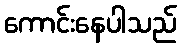
ကောင်းနေပါသည်